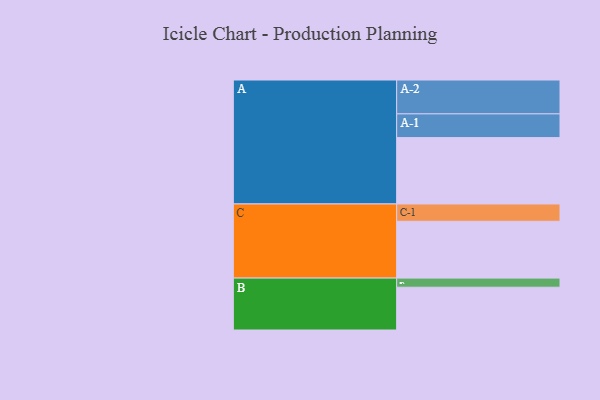
{"axis": {"x": "Segment", "y": "Value"}, "legend": ["", "A", "B", "C"], "data": [{"x": "A", "y": 582, "type": ""}, {"x": "B", "y": 375, "type": ""}, {"x": "C", "y": 498, "type": ""}, {"x": "A-1", "y": 208, "type": "A"}, {"x": "A-2", "y": 297, "type": "A"}, {"x": "B-1", "y": 80, "type": "B"}, {"x": "C-1", "y": 152, "type": "C"}]}